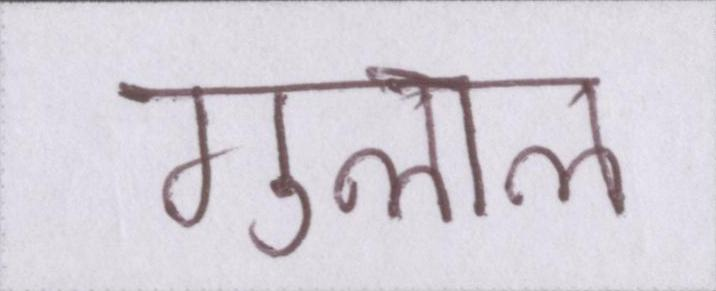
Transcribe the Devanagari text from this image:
गुलाल